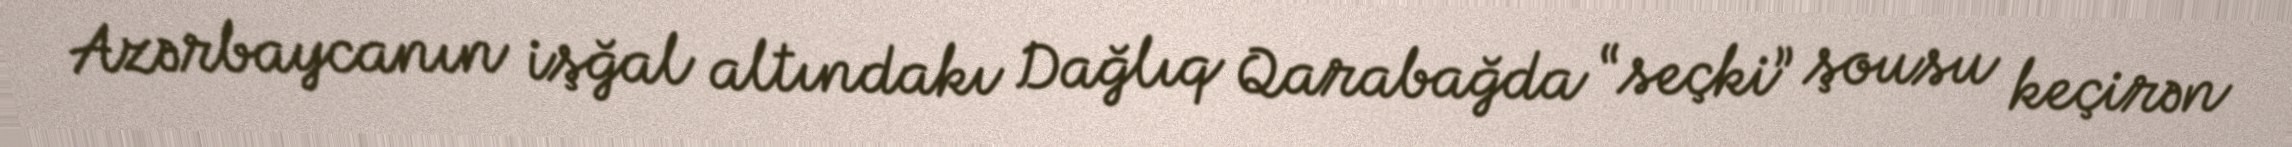
Azərbaycanın işğal altındakı Dağlıq Qarabağda “seçki” şousu keçirən